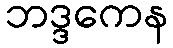
ဘဒ္ဒကေန